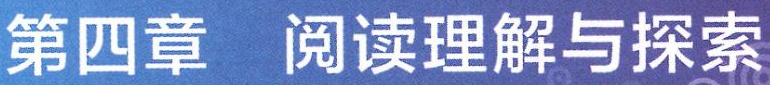
第四章 阅读理解与探索